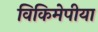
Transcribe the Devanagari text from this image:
विकिमेपीया